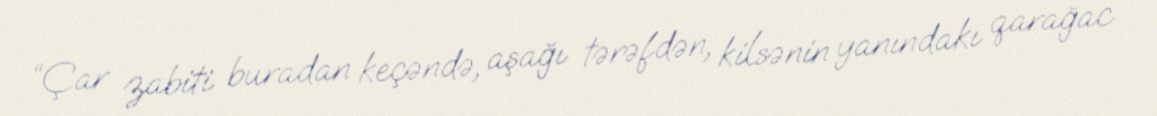
“Çar zabiti buradan keçəndə, aşağı tərəfdən, kilsənin yanındakı qarağac